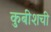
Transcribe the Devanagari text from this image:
कुबीशची